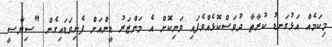
މިކަމެއް އަޅުގަނޑު ކުރާތާ ދުވަސްކޮޅެއްވެފައި ވަނިކޮށް އެ މަންޒަރު ޑީންއަށް ފެނިވަޑައިގެން "ސިޔާސީ